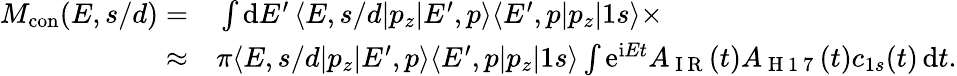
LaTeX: \begin{array}{rl}{M_{\mathrm{{con}}}(E,s/d)=}&{{}\int\mathrm dE^{\prime}\, \langle E,s/d|p_{z}|E^{\prime},p\rangle\langle E^{\prime},p|p_{z}|1s\rangle\times}\\ {\approx}&{{}\pi\langle E,s/d|p_{z}|E^{\prime},p\rangle\langle E^{\prime},p|p_{z}|1s\rangle\int\mathrm e^{\mathrm iEt}A_{\mathrm{~I~R~}}(t)A_{\mathrm{~H~1~7~}}(t)c_{1s}(t)\, \mathrm dt.}\end{array}